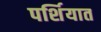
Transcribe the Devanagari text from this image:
पर्शियात